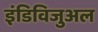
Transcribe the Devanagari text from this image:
इंडिविजुअल